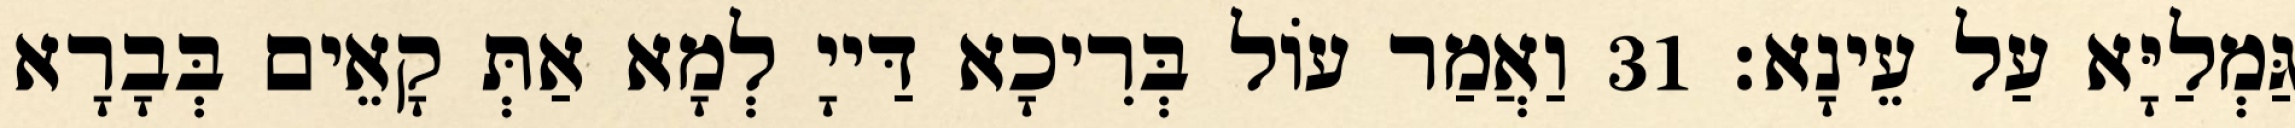
גַּמְלַיָּא עַל עֵינָא׃ 31 וַאֲמַר עוֹל בְּרִיכָא דַּייָ לְמָא אַתְּ קָאֵים בְּבָרָא